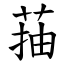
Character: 菗